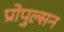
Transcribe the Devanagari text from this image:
प्रोपुल्सन